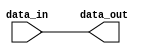
module c_padder
  (data_in, data_out);
   
   // width of input data
   parameter width = 32;
   
   // number of bits to pad on the left (use negative value to trim bits
   parameter pad_left = 0;
   
   // bit value to pad with on the left
   parameter pad_left_value = 0;
   
   // number of bits to pad on the right (use negative value to trim bits)
   parameter pad_right = 0;
   
   // bit value to pad with on the right
   parameter pad_right_value = 0;
   
   // width of input vector
   localparam new_width = pad_left + width + pad_right;
   
   // input vector
   input [0:width-1] data_in;
   
   // result
   output [0:new_width-1] data_out;
   wire [0:new_width-1] data_out;
   
   genvar 		i;
   
   generate
      
      for(i = 0; i < new_width; i = i + 1)
	begin:bits
	   
	   if(i < pad_left)
	     assign data_out[i] = pad_left_value;
	   else if(i >= (new_width - pad_right))
	     assign data_out[i] = pad_right_value;
	   else
	     assign data_out[i] = data_in[i - pad_left];
	   
	end
      
   endgenerate
   
endmodule